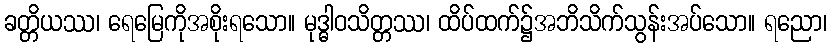
ခတ္တိယဿ၊ ရေမြေကိုအစိုးရသော။ မုဒ္ဓါဝသိတ္တဿ၊ ထိပ်ထက်၌အဘိသိက်သွန်းအပ်သော။ ရညော၊